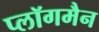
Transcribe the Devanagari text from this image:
प्लॉगमैन